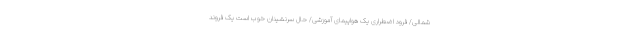
شمالی/ فرود اضطراری یک هواپیمای آموزشی/ حال سرنشینان خوب است یک فروند